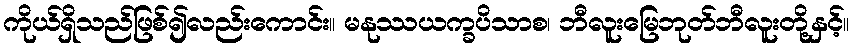
ကိုယ်ရှိသည်ဖြစ်၍လည်းကောင်း။ မနုဿယက္ခပိသာစ၊ ဘီလူးမြေဘုတ်ဘီလူးတို့နှင့်။